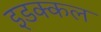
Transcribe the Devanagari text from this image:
इडक्कल